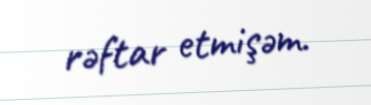
rəftar etmişəm.